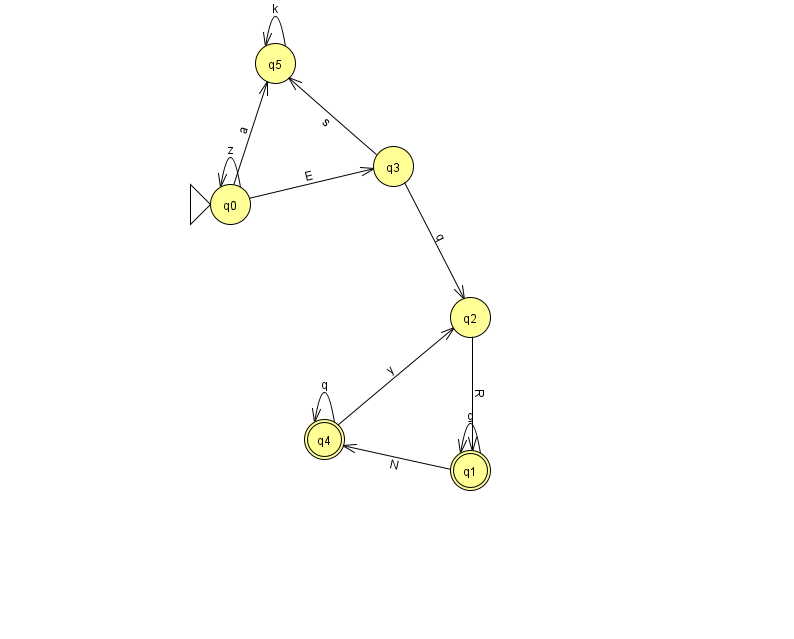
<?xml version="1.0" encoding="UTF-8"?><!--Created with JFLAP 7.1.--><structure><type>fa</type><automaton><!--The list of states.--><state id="0" name="q0"><x>230.0</x><y>191.0</y><initial/></state><state id="1" name="q1"><x>470.0</x><y>457.0</y><final/></state><state id="2" name="q2"><x>470.0</x><y>304.0</y></state><state id="3" name="q3"><x>393.0</x><y>153.0</y></state><state id="4" name="q4"><x>324.0</x><y>426.0</y><final/></state><state id="5" name="q5"><x>275.0</x><y>50.0</y></state><!--The list of transitions.--><transition><from>4</from><to>4</to><read>q</read></transition><transition><from>1</from><to>4</to><read>N</read></transition><transition><from>3</from><to>5</to><read>s</read></transition><transition><from>1</from><to>1</to><read>g</read></transition><transition><from>4</from><to>2</to><read>y</read></transition><transition><from>0</from><to>0</to><read>z</read></transition><transition><from>5</from><to>5</to><read>k</read></transition><transition><from>0</from><to>5</to><read>a</read></transition><transition><from>0</from><to>3</to><read>E</read></transition><transition><from>3</from><to>2</to><read>q</read></transition><transition><from>2</from><to>1</to><read>R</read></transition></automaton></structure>